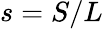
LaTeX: s=S/L